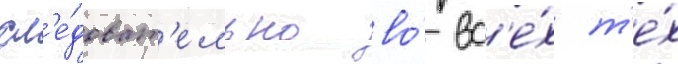
сл'е́доват'ельно во́ вс'е́х т'е́х